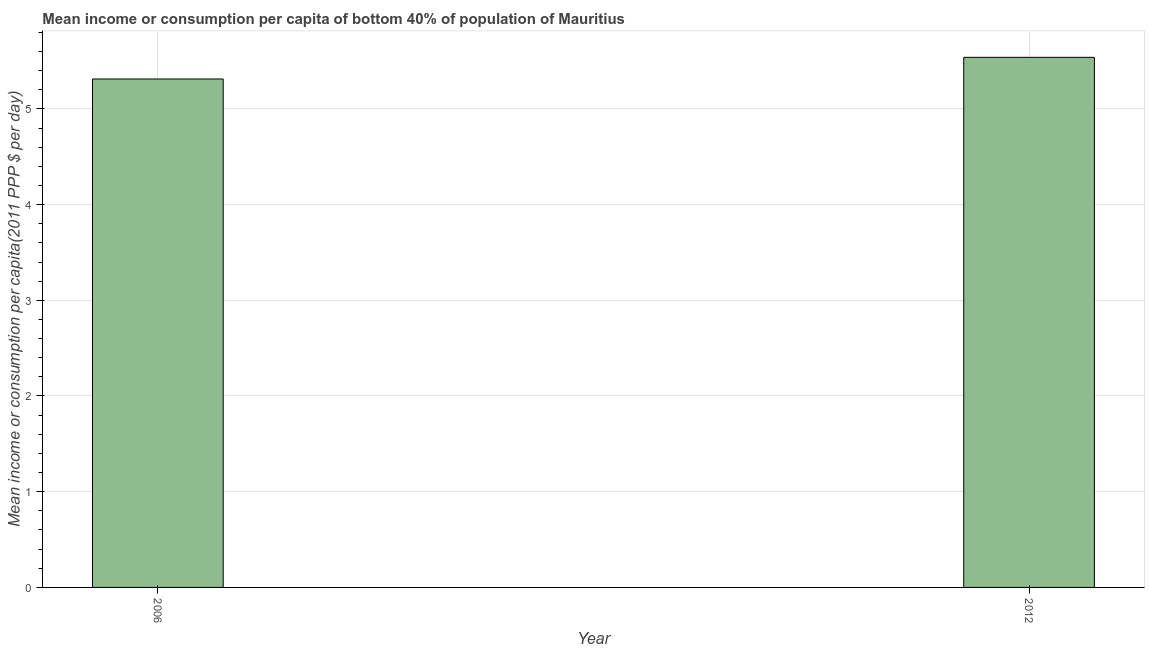
| Year | Bottom 40percent |
 | --- | --- |
 | 2006 | 5.31 |
 | 2012 | 5.54 |